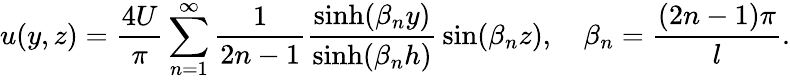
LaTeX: u(y,z)={\frac{4U}{\pi}}\sum_{n=1}^{\infty}{\frac{1}{2n-1}}{\frac{\sinh(\beta_{n}y)}{\sinh(\beta_{n}h)}}\sin(\beta_{n}z),\quad\beta_{n}={\frac{(2n-1)\pi}{l}}.